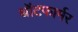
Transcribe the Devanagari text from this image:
थॉटफार्मर